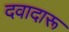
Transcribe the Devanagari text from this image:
दवादारू